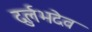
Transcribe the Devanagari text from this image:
दुर्लभदेव